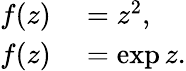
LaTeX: \begin{array}{rl}{f(z)}&{{}=z^{2},}\\ {f(z)}&{{}=\exp{z}.}\end{array}